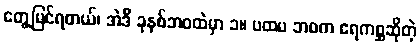
တွေ့မြင်ရတယ်၊ အဲဒီ ခုနစ်ဘဝထဲမှာ ၁။ ပထမ ဘဝက ဧရကစ္ဆဆိုတဲ့